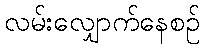
လမ်းလျှောက်နေစဉ်